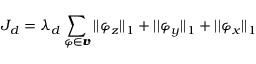
J _ { d } = \lambda _ { d } \sum _ { \varphi \in \pmb { v } } | | \varphi _ { z } | | _ { 1 } + | | \varphi _ { y } | | _ { 1 } + | | \varphi _ { x } | | _ { 1 }